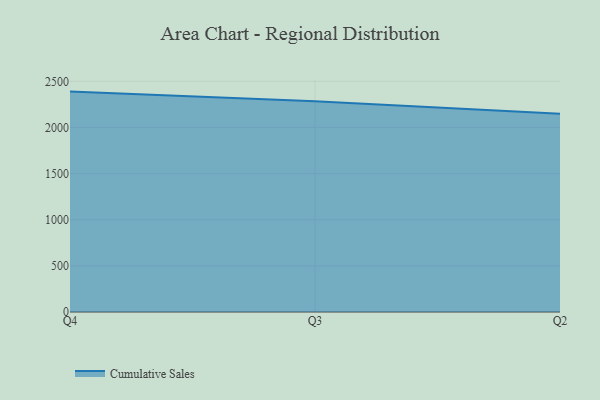
{"axis": {"x": "Quarter", "y": "Net Income (USD K)"}, "legend": ["Cumulative Sales"], "data": [{"x": "Q4", "y": 2388.8, "type": "Cumulative Sales"}, {"x": "Q3", "y": 2284.4, "type": "Cumulative Sales"}, {"x": "Q2", "y": 2149.1, "type": "Cumulative Sales"}]}